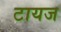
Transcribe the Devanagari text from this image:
टायज